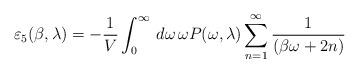
LaTeX: \begin{align*}\varepsilon_5(\beta,\lambda)=-\frac{1}{V}\int_{0}^{\infty}\,d\omega\,\omega P(\omega,\lambda)\sum_{n=1}^{\infty}\frac{1}{(\beta\omega+2n)}\end{align*}